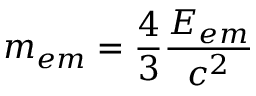
m _ { e m } = { \frac { 4 } { 3 } } { \frac { E _ { e m } } { c ^ { 2 } } }